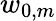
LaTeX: w_{0,m}